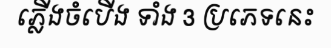
ភ្លើងចំបើង ទាំង 3 ប្រភេទនេះ